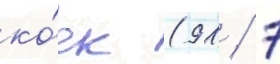
ко́ек (91 / 7